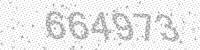
Solution: 664973